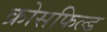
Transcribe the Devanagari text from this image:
क्रोसफिल्ड